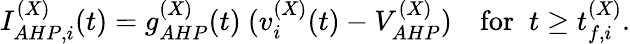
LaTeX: I_{AHP,i}^{(X)}(t)=g_{AHP}^{(X)}(t)~(v_{i}^{(X)}(t)-V_{AHP}^{(X)})~~~\mathrm{~for~}\; t\ge t_{f,i}^{(X)}.